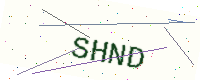
Text: SHND